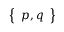
\left\{ \begin{array} { l } { p , q } \end{array} \right\}